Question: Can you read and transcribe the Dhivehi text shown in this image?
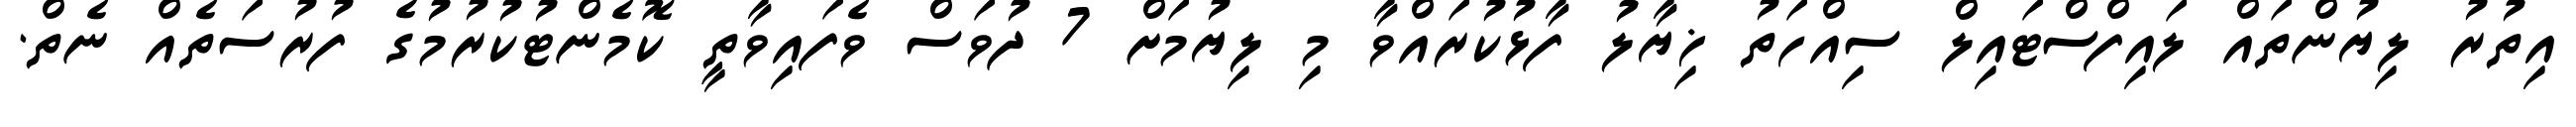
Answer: އިތުރު ލިޔުންތައް ލައިފްސްޓައިލް ސިއްހަތު ޚިޔާލު ފާޅުކުރައްވާ މި ލިޔުމަށް 7 ދުވަސް ވެފައިވާތީ ކޮމެންޓުކުރުމުގެ ފުރުސަތެއް ނެތް.